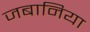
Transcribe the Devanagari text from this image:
जबानिया